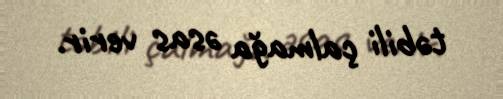
təbili çalmağa əsas verir.